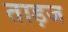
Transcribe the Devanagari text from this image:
ताड़ज